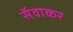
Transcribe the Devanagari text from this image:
सॅवाकर